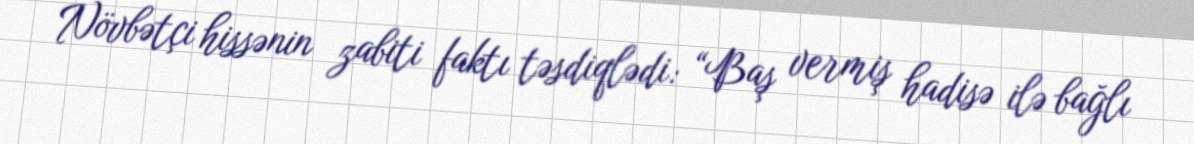
Növbətçi hissənin zabiti faktı təsdiqlədi: “Baş vermiş hadisə ilə bağlı